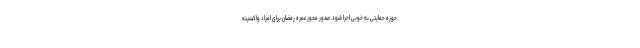
حوزه حمایتی به خوبی اجرا شود. صدور مجوز عمره رمضان برای افراد واکسینه